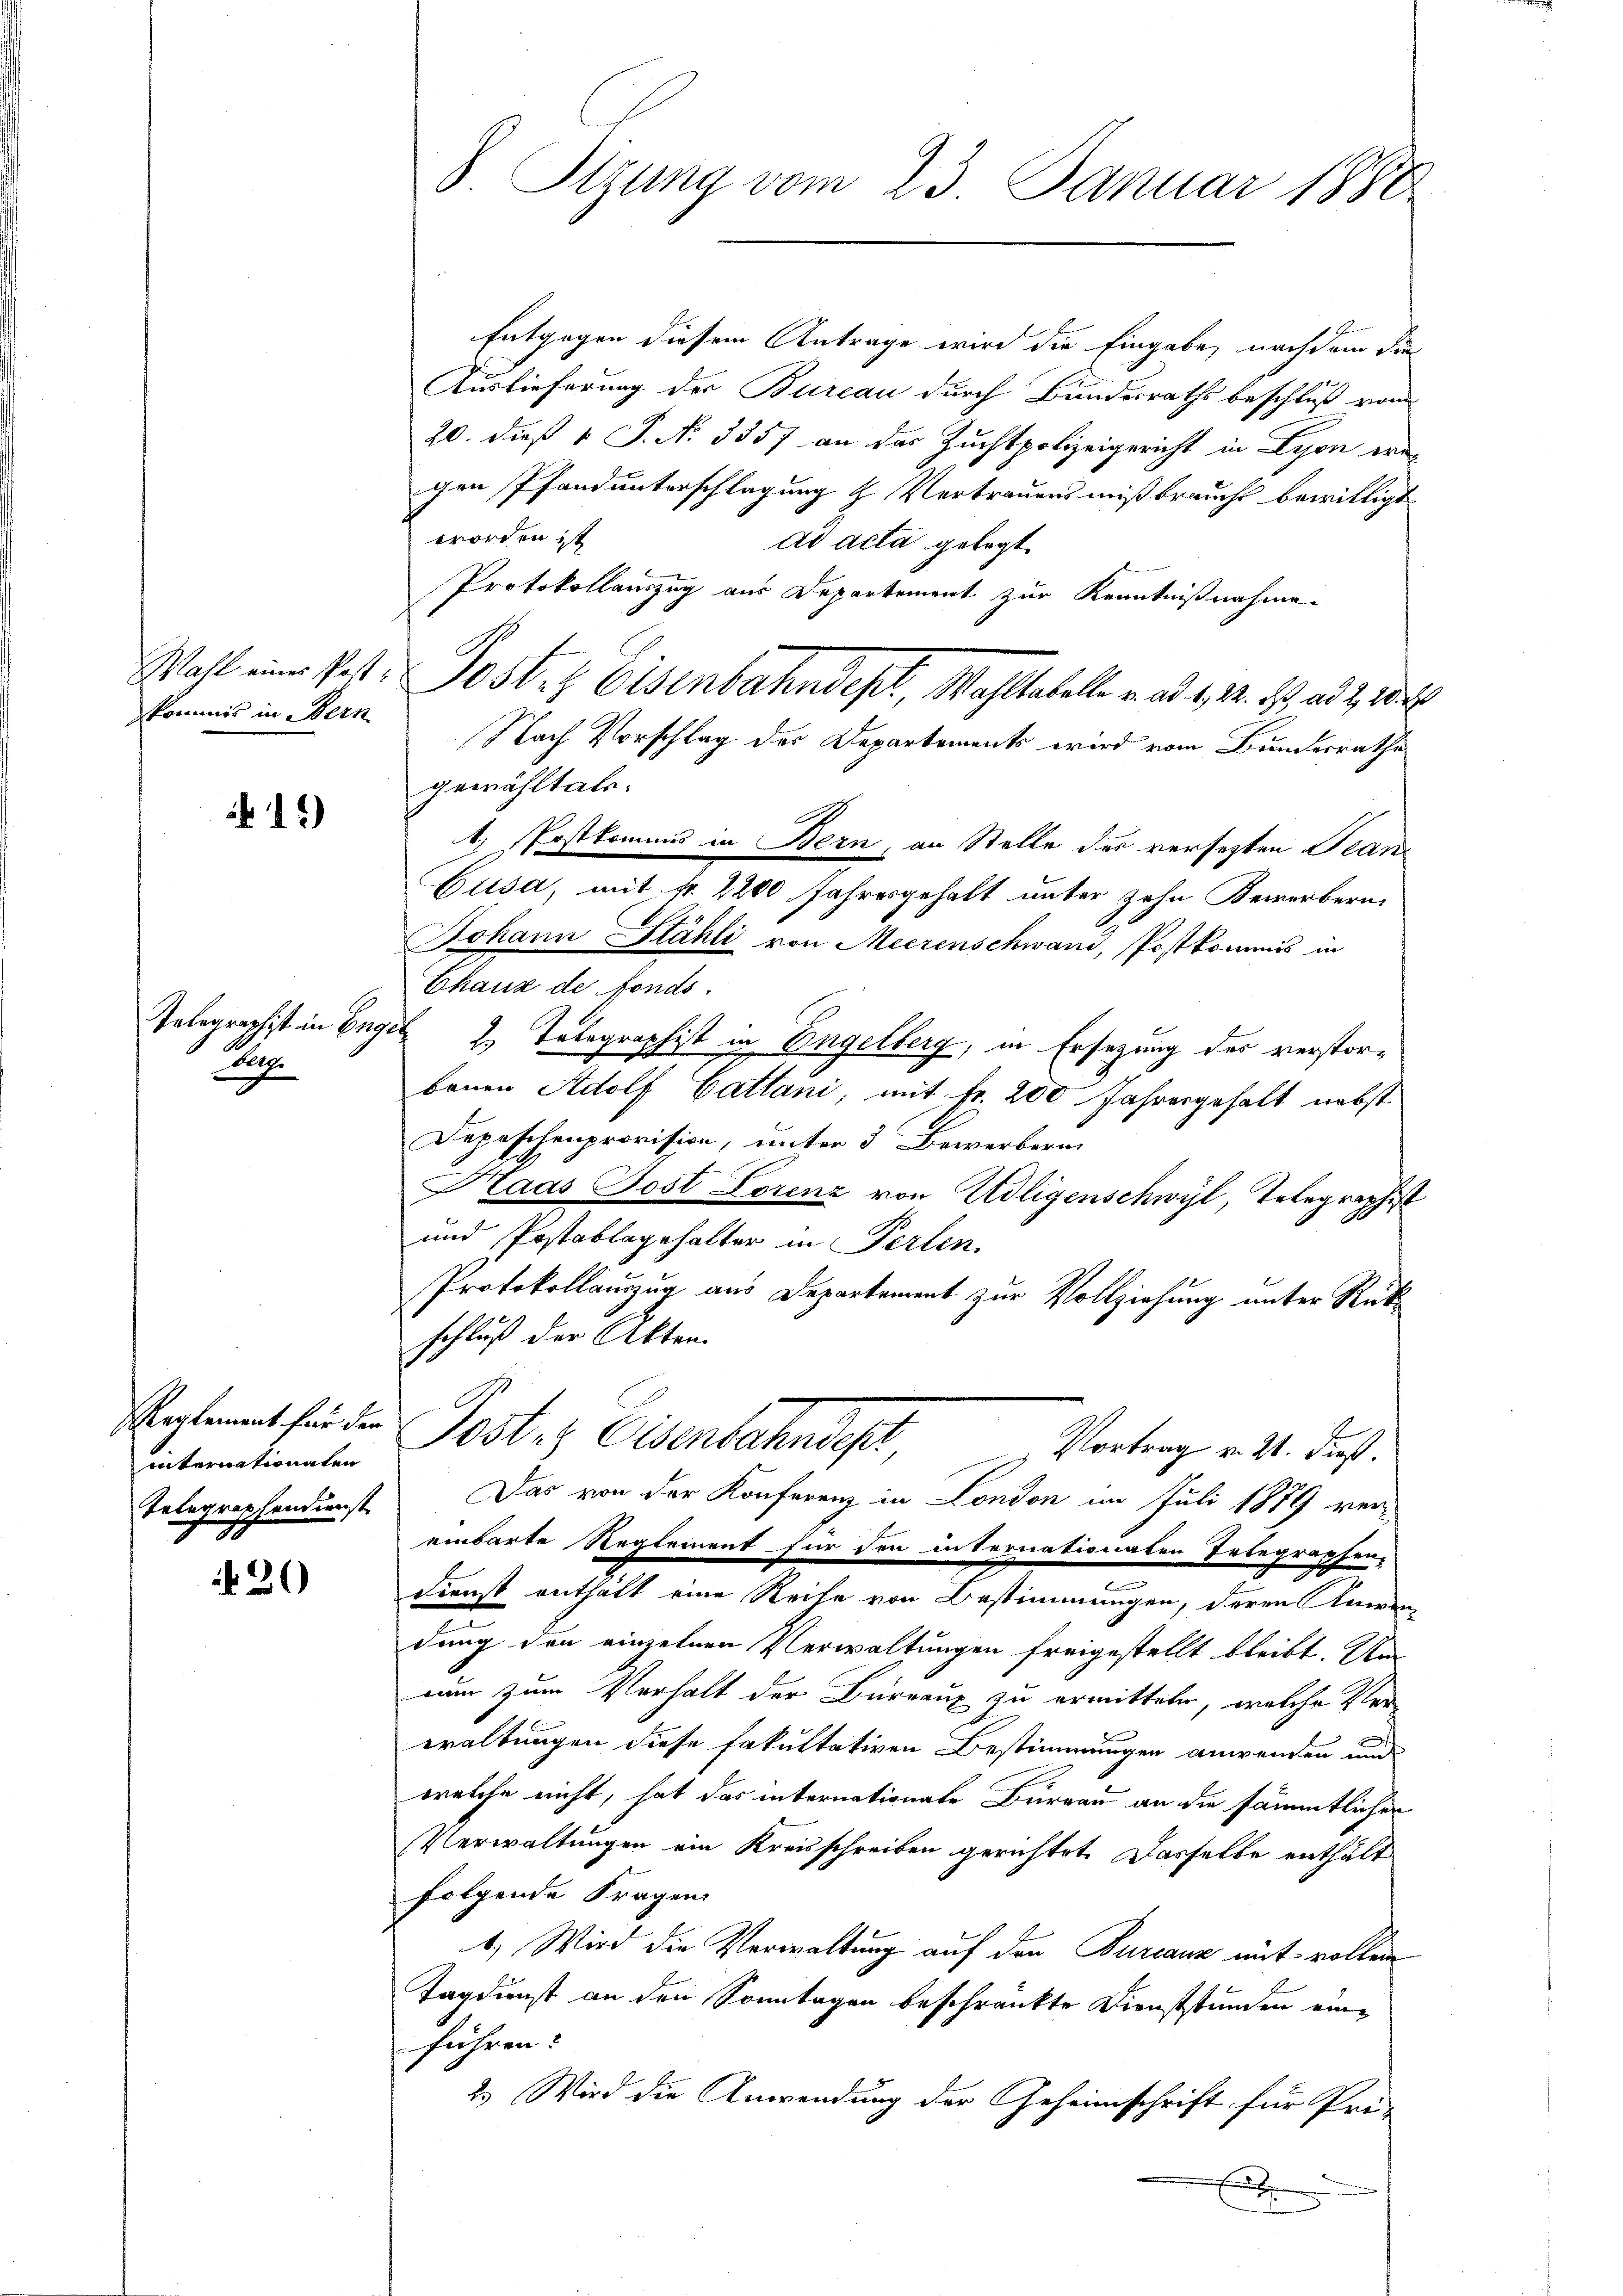
skommis in Bern

12)

Pup

Reglement für den
internationalen
Telegraphendienst
.

20)

S. Tizung vom 23. Januar 1880

Entgegen diesem Antrage wird die Eingabe, nachdem die
Auslieferung der Bureau durch Bundesraths beschluß vom
20. dieß 1 S. N. 3357 an der Zuchtpolizeigericht in Lyon ern
gen Pfandunterschlagung & Vertrauens mißbrauche bewilligt
worden ist
ad acta gelegt.
Protokollauszug aus Departement zur Kenntnißnahmen
Nach Vorschlag des Departements wird vom Bundesrathe
gewählt als.
1) Postkommis in Bern, an Stelle des versetzten Jean
Cusa, mit fr. 2200 Jahresgehalt unter zehn Bewerbern
Johann Stähli von Meerenschwand, Postkommis in
Chaus de fonds.
Telegraphist in Engel 2. Telegraphist in Engelberg, in Ersezung des verstorbauen Adolf Cattani, mit Fr. 200 Jahresgehalt nebst
Depeschenprovision, unter 3 Bewerbern
Maas Post Lorenz von Adligenschwyl, Telegraphist
und Postablagehalter in Perlen.
Protokollauszug aus Departement zur Vollziehung unter Rükschluß der Akten.
2
Post. Eisenbahndisch
Vortrag v. 21. dieß.
Das von der Konferenz in London im Juli 1879 ver-
einbarte Reglement für den internationaten Telegraphen-
Dienst enthalt eine Reise von Bestimmungen, deren Anwen
dung den einzelnen Verwaltungen freigestellt bleibt. Un
nun zum Verhalt der Bureaux zu ermitteln, welche Verwaltungen diese Fakultativen Bestimmungen anwenden und
welche nicht, hat das internationale Bureau an die sämmtlichen
Verwaltungen ein Kreisschreiben gerichtet. Dasselbe enthält
folgende Fragen
1.) Wird die Verwaltung auf den Burcanz mit vollem
Tagdienst an den Sonntagen beschränkte Dienststunden eine
führen.
2.) Wird die Anwendung der Geheimschrift für Pri-
x

Wahl einer Post. Postet. Eisenbahndept, Wahltabelle v. ad 1, 2. 23. ad 2, 10